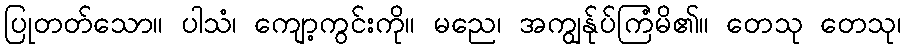
ပြုတတ်သော။ ပါသံ၊ ကျော့ကွင်းကို။ မညေ၊ အကျွန်ုပ်ကြံမိ၏။ တေသု တေသု၊